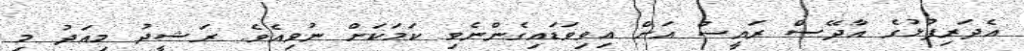
އެދަރިފުޅުގެ އާދޭސް ރައީސް އަށް އިވިވަޑައިގެންނެވި ކަމަކަށް ނުވިއެވެ. ރަޝީދު މިއަދު މި